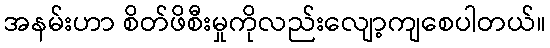
အနမ်းဟာ စိတ်ဖိစီးမှုကိုလည်းလျော့ကျစေပါတယ်။